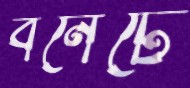
বনেটে